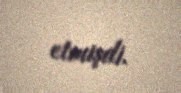
etmişdi.